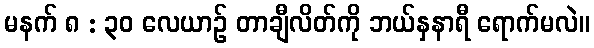
မနက် ၈ : ၃၀ လေယာဉ် တာချီလိတ်ကို ဘယ်နှနာရီ ရောက်မလဲ။